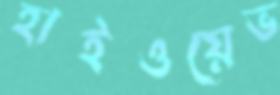
হাইওয়েভ